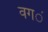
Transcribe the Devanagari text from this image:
वग॔